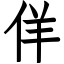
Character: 佯